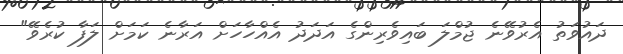
ދައުވަތު އެރުވޭނެ ޖުމްލަ ބައިވެރިންގެ އަދަދު އެއްހާހަށް އަރާނެ ކަމަށް ލަފާ ކުރެވޭ"